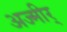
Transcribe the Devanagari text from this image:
अज्मीर्